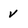
Character: v